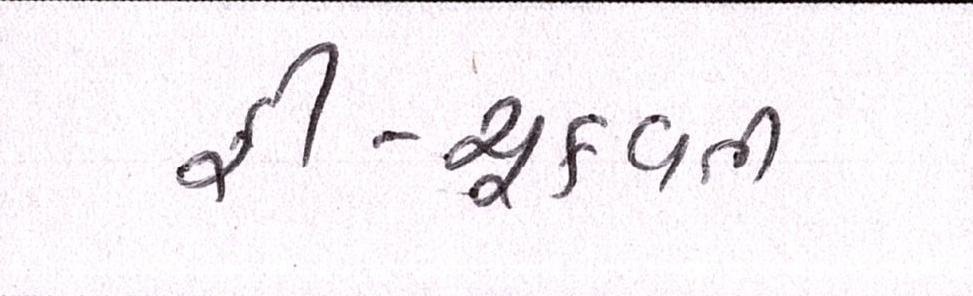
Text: ફી-ચૂકવતી